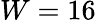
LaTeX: W=16